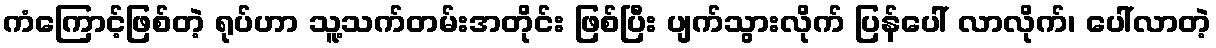
ကံကြောင့်ဖြစ်တဲ့ ရုပ်ဟာ သူ့သက်တမ်းအတိုင်း ဖြစ်ပြီး ပျက်သွားလိုက် ပြန်ပေါ် လာလိုက်၊ ပေါ်လာတဲ့